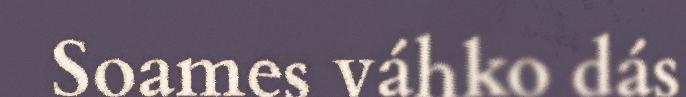
Soames váhko dás